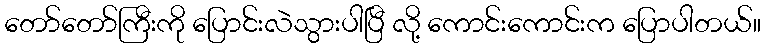
တော်တော်ကြီးကို ပြောင်းလဲသွားပါပြီ လို့ ကောင်းကောင်းက ပြောပါတယ်။